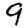
Digit: 9